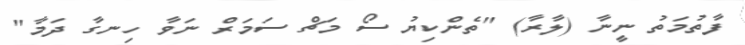
ފާތުމަތު ނީނާ (ލާރާ) "ތެންކިޔު ސޯ މަޗް ސަމަރް ނަވާ ހިނގާ ދަމާ"